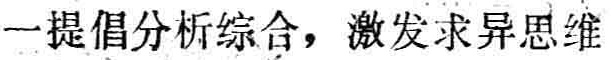
一提倡分析综合，激发求异思维